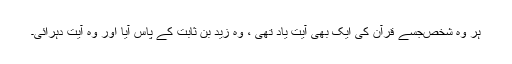
ہر وہ شخص‌جسے قرآن کی ایک بھی آٰیت یاد تھی ، وہ زید بن ثابت کے پاس آیا اور وہ آٰیت دہرائی۔